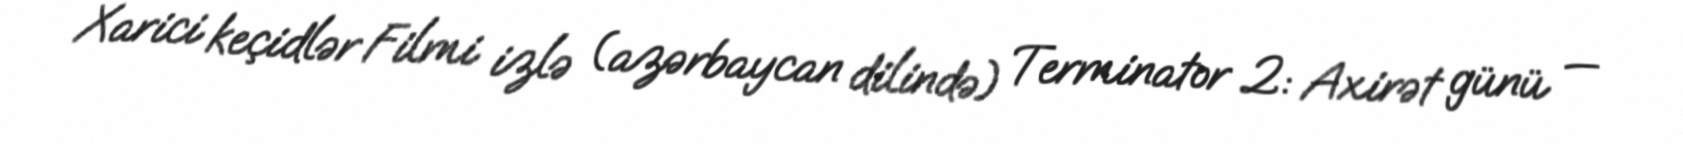
Xarici keçidlər Filmi izlə (azərbaycan dilində) Terminator 2: Axirət günü —